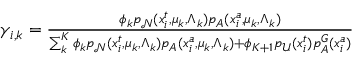
\begin{array} { r } { \gamma _ { i , k } = \frac { \phi _ { k } p _ { \mathcal N } ( x _ { i } ^ { t } , \mu _ { k } , \Lambda _ { k } ) p _ { A } ( x _ { i } ^ { a } , \mu _ { k } , \Lambda _ { k } ) } { \sum _ { k } ^ { K } \phi _ { k } p _ { \mathcal N } ( x _ { i } ^ { t } , \mu _ { k } , \Lambda _ { k } ) p _ { A } ( x _ { i } ^ { a } , \mu _ { k } , \Lambda _ { k } ) + \phi _ { K + 1 } p _ { \mathcal { U } } ( x _ { i } ^ { t } ) p _ { A } ^ { G } ( x _ { i } ^ { a } ) } } \end{array}